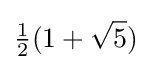
{\tfrac {1}{2}}(1+{\sqrt {5}})